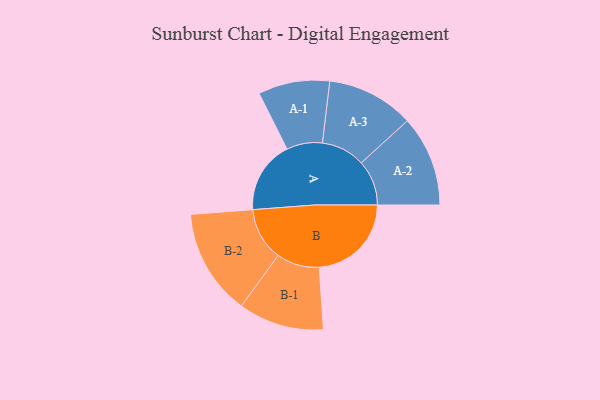
{"axis": {"x": "Segment", "y": "Value"}, "legend": ["", "A", "B"], "data": [{"x": "A", "y": 393, "type": ""}, {"x": "B", "y": 500, "type": ""}, {"x": "A-1", "y": 194, "type": "A"}, {"x": "A-2", "y": 246, "type": "A"}, {"x": "A-3", "y": 237, "type": "A"}, {"x": "B-1", "y": 232, "type": "B"}, {"x": "B-2", "y": 288, "type": "B"}]}